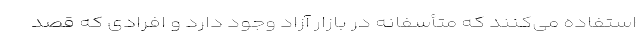
استفاده می‌‌کنند که متأسفانه در بازار آزاد وجود دارد و افرادی که قصد